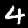
Label: 4